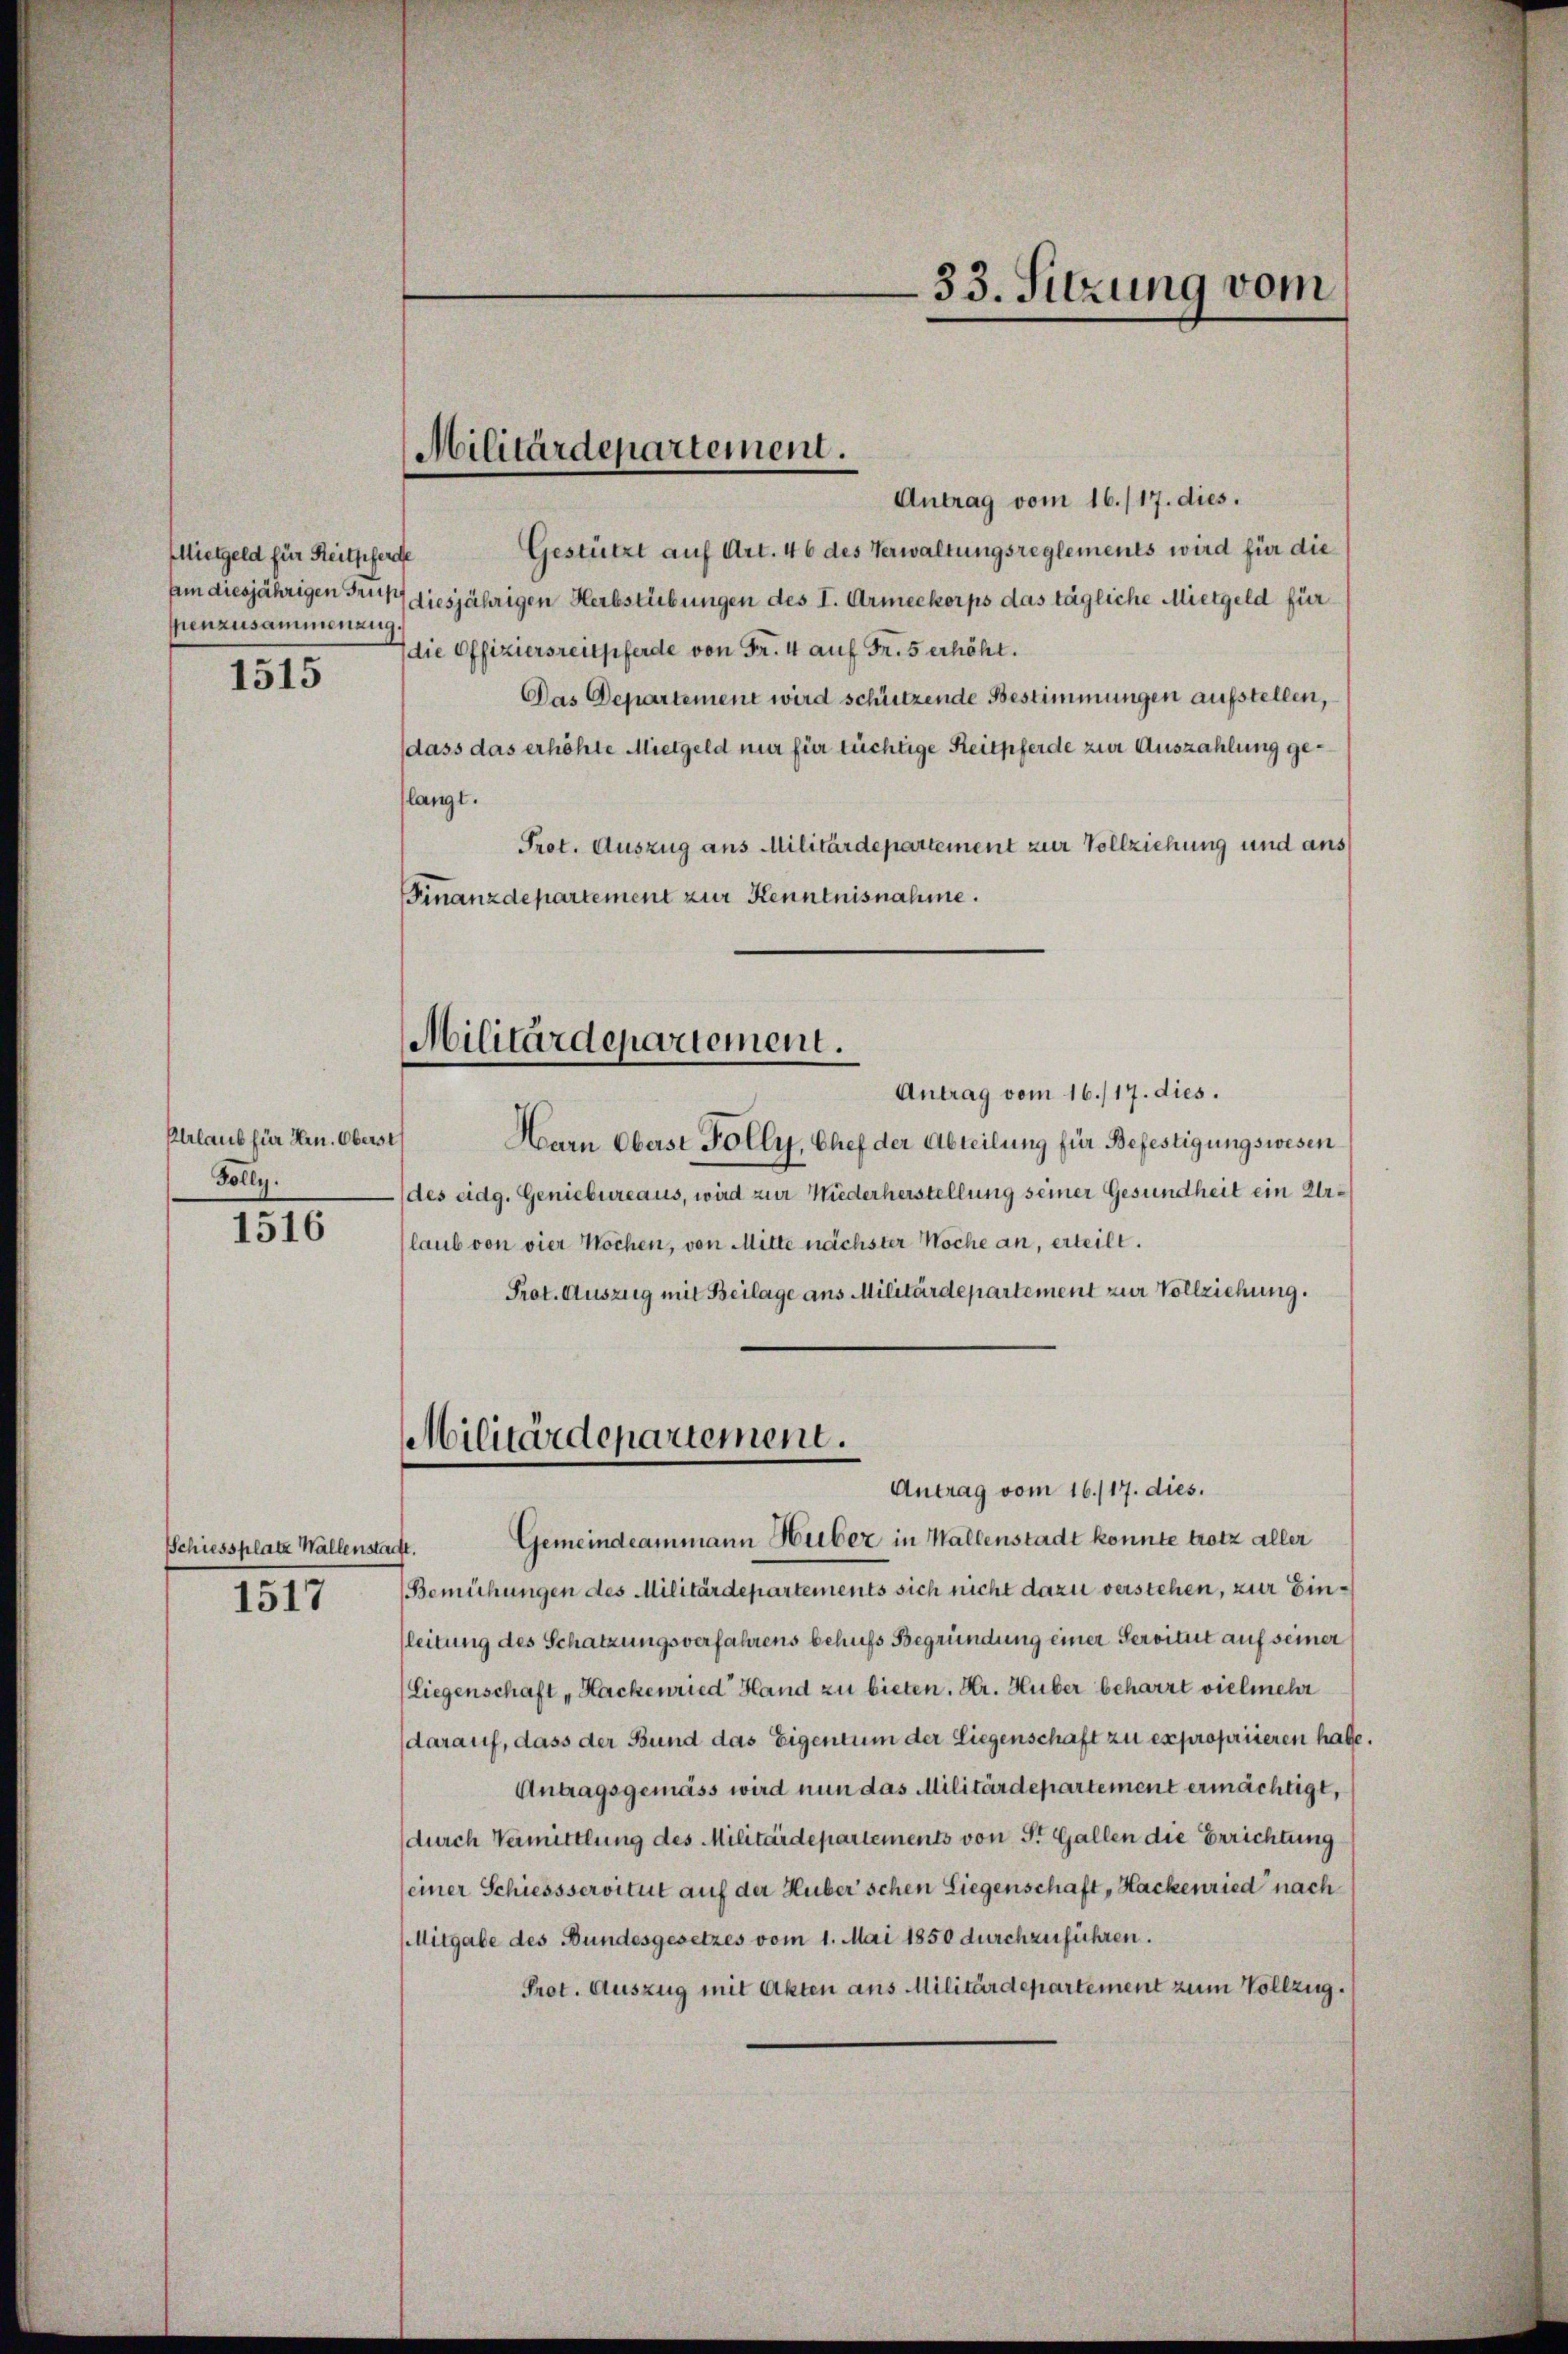
MMietgeld für Reitpferde
senzusammenzug

1515

Plrlaub für Hrn. Oberst
Folly.

1516

Schiessplatz Wallenstacht.
1517

Antrag vom 16./17. dies.
Gestützt auf Art. 46 des Verwaltungsreglements wird für die
sein diesjährigen Fr. diesjährigen Herbstübungen des I. Armeekorps das tägliche Mietgeld für
die Offiziersreitpferde von Fr. 4 auf Fr. 5 erhöht.
Das Departement wird schützende Bestimmungen aufstellen,
dass das erhöhte Mietgeld nur für tüchtige Reitpferde zur Auszahlung geflangt.
Prot. Auszug aus Militärdepartement zur Vollziehung und aus
Finanzdepartement zur Kenntnisnahme.
Militärdepartement.
Antrag vom 16./17. dies.
Harn Oberst Folly, Chef der Abteilung für Befestigungswesen
(des eidg. Geniebureaus, wird zur Niederherstellung seiner Gesundheit ein Urlaub von vier Wochen, von Mitte nächster Woche an, erteilt.
Prot. Auszug mit Beilage aus Militärdepartement zur Vollziehung.
Militärdepartement.

Militärdepartement.

Antrag vom 16./17. dies.

33. Sitzung vom

Gemeindeammann Huber in Wallenstadt konnte trotz aller
Bemühungen des Militärdepartements sich nicht dazu verstehen, zur Ein¬
(leitung des Schatzungsverfahrens behufs Begründung einer Servitut auf seiner
(Liegenschaft „Hackenried Hand zu bieten. Hr. Huber beharzt vielmehr
darauf, dass der Bund das Eigentum der Liegenschaft zu expropriieren habe.
Antragsgemäss wird nun das Militärdepartement ermächtigt,
(durch Vermittlung des Militärdepartements von St. Gallen die Errichtung
seiner Schiessservitut auf der Huber schen Liegenschaft Hackenried nach¬
Mitgabe des Bundesgesetzes vom 1. Mai 1850 durchzuführen.
Prot. Auszug mit Akten aus Militärdepartement zum Vollzug.